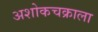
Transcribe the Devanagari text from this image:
अशोकचक्राला